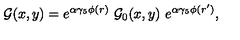
{ \cal G } ( x , y ) = e ^ { \alpha \gamma _ { 5 } \phi ( r ) } \ { \cal G } _ { 0 } ( x , y ) \ e ^ { \alpha \gamma _ { 5 } \phi ( r ^ { \prime } ) } ,